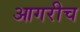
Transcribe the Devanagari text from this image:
आगरीच